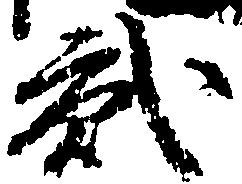
弐